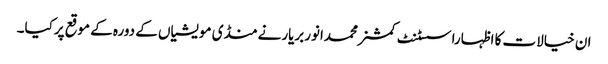
ان خیالات کا اظہاراسسٹنٹ کمشنرمحمدانوربریارنے منڈی مویشیاں کے دورہ کے موقع پرکیا۔